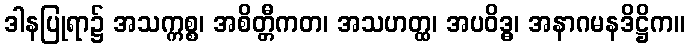
ဒါနပြုရာ၌ အသက္ကစ္စ၊ အစိတ္တီကတ၊ အသဟတ္ထ၊ အပဝိဒ္ဓ၊ အနာဂမနဒိဋ္ဌိက။